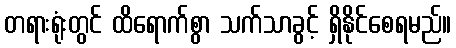
တရားရုံးတွင် ထိရောက်စွာ သက်သာခွင့် ရှိနိုင်စေရမည်။